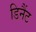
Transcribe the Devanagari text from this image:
डिनैंट